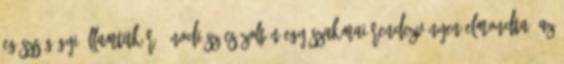
egészségügyi államtitkár. Ónodi-Szűcs Zoltán egy szakmai rendezvényen elmondta: az